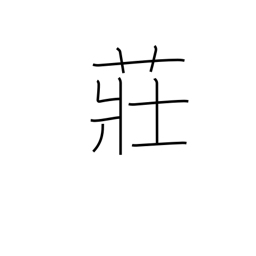
Meaning: broom